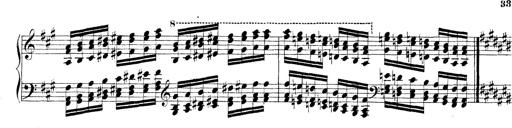
Title: Technische Studien
Composer: Franz Liszt